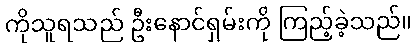
ကိုသူရသည် ဦးနောင်ရှမ်းကို ကြည့်ခဲ့သည်။